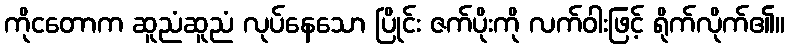
ကိုငတောက ဆူညံဆူညံ လုပ်နေသော ပြိုင်း ဇက်ပိုးကို လက်ဝါးဖြင့် ရိုက်လိုက်၏။